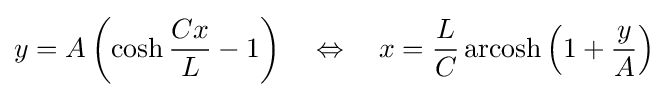
y=A\left(\cosh {\frac {Cx}{L}}-1\right)\quad \Leftrightarrow \quad x={\frac {L}{C}}\operatorname {arcosh} \left(1+{\frac {y}{A}}\right)